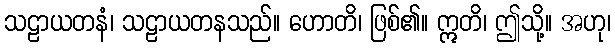
သဠာယတနံ၊ သဠာယတနသည်။ ဟောတိ၊ ဖြစ်၏။ ဣတိ၊ ဤသို့။ အဟု၊